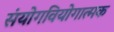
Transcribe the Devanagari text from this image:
संयोगवियोगात्मक